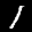
Label: 1